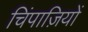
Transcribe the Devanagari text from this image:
चिंपाज़ियों